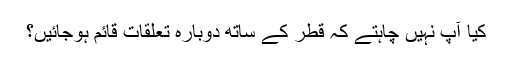
کیا آپ نہیں چاہتے کہ قطر کے ساتھ دوباره تعلقات قائم ہوجائیں؟